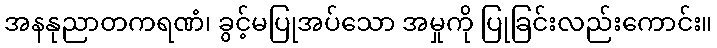
အနနုညာတကရဏံ၊ ခွင့်မပြုအပ်သော အမှုကို ပြုခြင်းလည်းကောင်း။